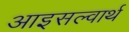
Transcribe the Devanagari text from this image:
आइसल्वार्थ